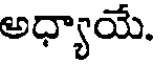
అధ్యాయే.